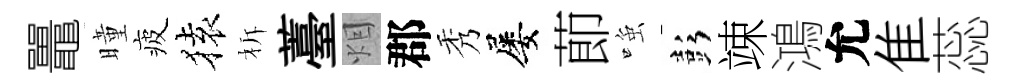
鼉曈疲𫞤柝薹𤇆郡秀屡莭𫪻彭竦鴻允隹蕊